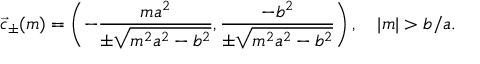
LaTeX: { \vec { c } } _ { \pm } ( m ) = \left( - { \frac { m a ^ { 2 } } { \pm { \sqrt { m ^ { 2 } a ^ { 2 } - b ^ { 2 } } } } } , { \frac { - b ^ { 2 } } { \pm { \sqrt { m ^ { 2 } a ^ { 2 } - b ^ { 2 } } } } } \right) , \quad | m | > b / a .